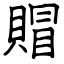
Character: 賵